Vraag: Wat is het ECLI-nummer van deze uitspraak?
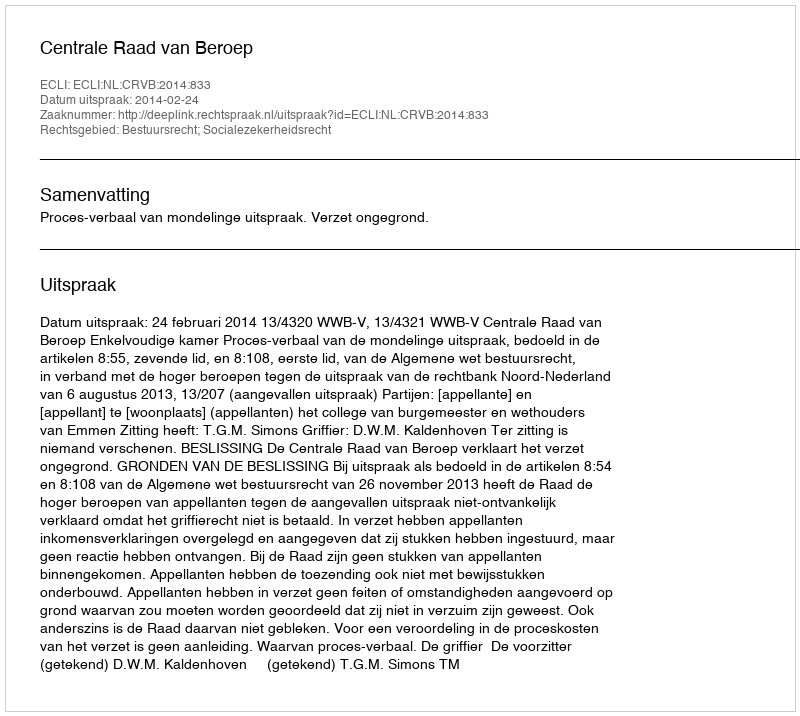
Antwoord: ECLI:NL:CRVB:2014:833